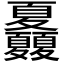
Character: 𡖃